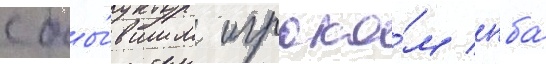
с бы́вшим игроко́м нба́